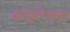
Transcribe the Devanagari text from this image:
बाइलेवल